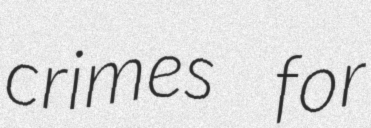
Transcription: crimes for